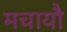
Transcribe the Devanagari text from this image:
मचायौ